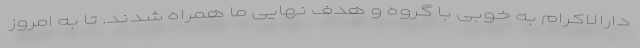
دارالاکرام به خوبی با گروه و هدف نهایی ما همراه شدند. تا به امروز